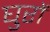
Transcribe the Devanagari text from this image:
घुरों